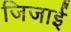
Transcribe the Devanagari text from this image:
जिजाई